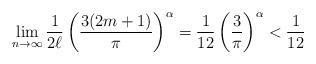
LaTeX: \begin{gather*}\lim_{n\to\infty}\frac{1}{2\ell}\left(\frac{3(2m+1)}{\pi}\right)^{\alpha}=\frac{1}{12}\left(\frac{3}{\pi}\right)^{\alpha}<\frac{1}{12}\end{gather*}